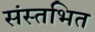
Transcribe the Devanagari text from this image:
संस्तभित